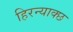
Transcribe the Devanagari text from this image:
हिरन्याक्छ